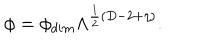
\phi = \phi _ { d i m } \Lambda ^ { \frac { 1 } { 2 } ( D - 2 + \eta ) } .